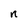
Character: n